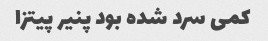
کمی سرد شده بود پنیر پیتزا